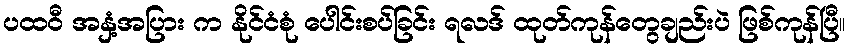
ပထဝီ အနှံ့အပြား က နိုင်ငံစုံ ပေါင်းစပ်ခြင်း ရလဒ် ထုတ်ကုန်တွေချည်းပဲ ဖြစ်ကုန်ပြီ။